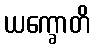
ယက္ခောတိ